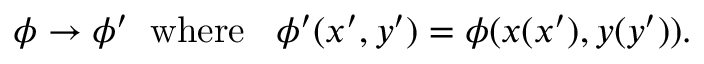
\phi \rightarrow \phi ^ { \prime } \; \; \mathrm { w h e r e } \; \; \; \phi ^ { \prime } ( x ^ { \prime } , y ^ { \prime } ) = \phi ( x ( x ^ { \prime } ) , y ( y ^ { \prime } ) ) .